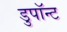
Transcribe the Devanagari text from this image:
डुपॉन्ट